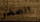
الصخر